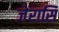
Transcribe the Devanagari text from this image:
जेरासि